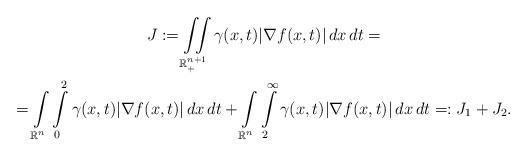
LaTeX: \begin{gather*}J:=\iint\limits_{\mathbb{R}^{n+1}_{+}}\gamma(x,t)|\nabla f(x,t)|\,dx\,dt=\\=\int\limits_{\mathbb{R}^{n}}\int\limits_{0}^{2}\gamma(x,t)|\nabla f(x,t)|\,dx\,dt+\int\limits_{\mathbb{R}^{n}}\int\limits_{2}^{\infty}\gamma(x,t)|\nabla f(x,t)|\,dx\,dt=:J_{1}+J_{2}.\end{gather*}